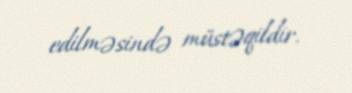
edilməsində müstəqildir.